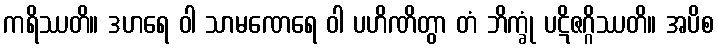
ကရိဿတိ။ ဒဟရေ ဝါ သာမဏေရေ ဝါ ပဟိဏိတွာ တံ ဘိက္ခုံ ပဋိဇဂ္ဂိဿတိ။ အပိစ